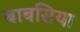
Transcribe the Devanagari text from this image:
बाबसिया